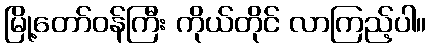
မြို့တော်ဝန်ကြီး ကိုယ်တိုင် လာကြည့်ပါ။